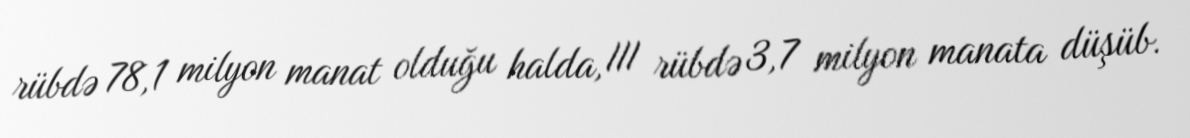
rübdə 78,1 milyon manat olduğu halda, III rübdə 3,7 milyon manata düşüb.